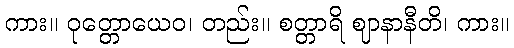
ကား။ ဝုတ္တောယေဝ၊ တည်း။ စတ္တာရိ ဈာနာနီတိ၊ ကား။